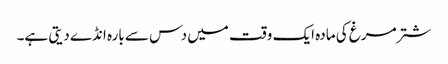
شتر مرغ کی مادہ ایک وقت میں دس سے بارہ انڈے دیتی ہے۔